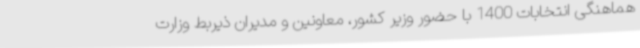
هماهنگی انتخابات 1400 با حضور وزیر کشور، معاونین و مدیران ذیربط وزارت